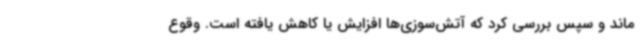
ماند و سپس بررسی کرد که آتش‌سوزی‌ها افزایش یا کاهش یافته است. وقوع